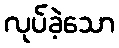
လုပ်ခဲ့သော